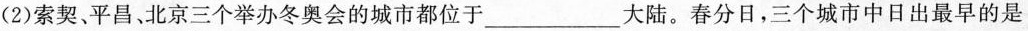
(2)索契、平昌、北京三个举办冬奥会的城市都位于____大陆。春分日，三个城市中日出最早的是